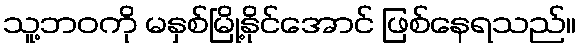
သူ့ဘဝကို မနှစ်မြို့နိုင်အောင် ဖြစ်နေရသည်။